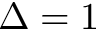
\Delta = 1